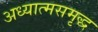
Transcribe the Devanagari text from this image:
अध्यात्मसमृद्ध